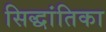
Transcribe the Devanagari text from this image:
सिद्धांतिका